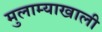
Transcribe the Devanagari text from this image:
मुलाम्याखाली